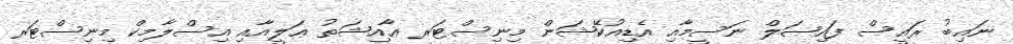
ނައިބު ރައީސް ފައިޞަލް ނަސީމާއި އެޑިއުކޭޝަން މިނިސްޓަރ ޢާއިޝަތު ޢަލީއާއި އިސްލާމިކް މިނިސްޓަރ